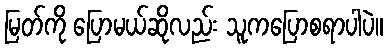
မြတ်ကို ပြောမယ်ဆိုလည်း သူကပြောစရာပါပဲ။